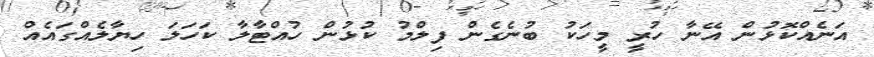
އަނެއްކޮޅުން އޭނާ ހުރީ މީހަކު ބުނެގެން ފިލްމު ކުޅުން ހުއްޓާލާ ކަހަލަ ހިޔާލެއްގައެއް